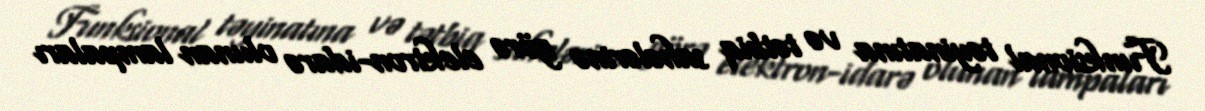
Funksional təyinatına və tətbiq sahələrinə görə elektron-idarə olunan lampaları